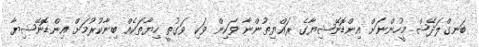
ބަނގްލަދޭޝް މީހުންނަށް އިންޑޮނޭޝިޔާގެ ރައްޔިތުންނާ ވަކިން ވަކި ވަގުތީ ހިޔާތަކެއް ބިނާކުރުމަށް އިންޑޮނޭޝިޔާ